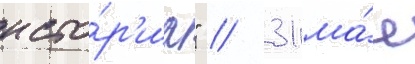
исто́р'иа" // 31 ма́я